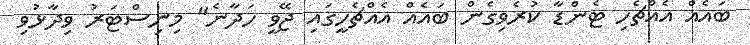
ބައެއް އެއްޗެހި ޓެންޑާ ކުރެވިގެން ބައެއް އެއްޗެހީގައި ޖޭވީ ހަދާނެ" މިނިސްޓަރު ވިދާޅުވި